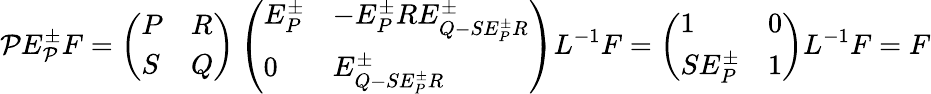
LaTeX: \mathcal{P}E_{\mathcal{P}}^{\pm}F=\left(\begin{array}{ll}{P}&{R}\\ {S}&{Q}\end{array}\right)\left(\begin{array}{ll}{E_{P}^{\pm}}&{-E_{P}^{\pm}RE_{Q-SE_{P}^{\pm}R}^{\pm}}\\ {0}&{E_{Q-SE_{P}^{\pm}R}^{\pm}}\end{array}\right)L^{-1}F=\left(\begin{array}{ll}{1}&{0}\\ {SE_{P}^{\pm}}&{1}\end{array}\right)L^{-1}F=F